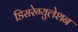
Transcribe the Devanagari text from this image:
डिसरेग्युलेशन